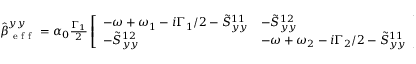
\begin{array} { r } { \hat { \boldsymbol { \beta } } _ { \mathrm { ~ e ~ f ~ f ~ } } ^ { y y } = \alpha _ { 0 } \frac { \Gamma _ { 1 } } { 2 } \left[ \begin{array} { l l } { - \omega + \omega _ { 1 } - i \Gamma _ { 1 } / 2 - \tilde { S } _ { y y } ^ { 1 1 } } & { - \tilde { S } _ { y y } ^ { 1 2 } } \\ { - \tilde { S } _ { y y } ^ { 1 2 } } & { - \omega + \omega _ { 2 } - i \Gamma _ { 2 } / 2 - \tilde { S } _ { y y } ^ { 1 1 } } \end{array} \right] ^ { - 1 } } \end{array}